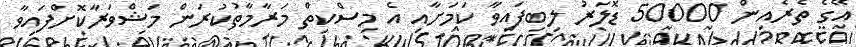
އޭގެ ތެރެއިން 50000 ޑޮލަރު ލިބިފައިވާ ކަމަށާއި އެ މިސްކިތް މަރާމާތުކުރަން މަޝްވަރާކޮށްފައިވާ